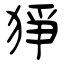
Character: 猙